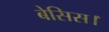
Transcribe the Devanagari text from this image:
बेसिस।